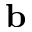
\textbf { b }